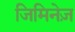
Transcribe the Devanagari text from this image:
जिमिनेज़